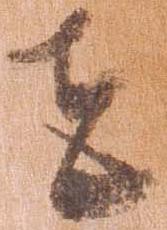
者